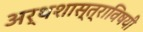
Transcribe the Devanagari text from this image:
अर्थशास्त्राविषयी